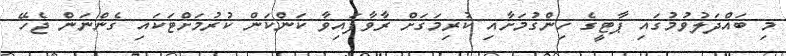
މި ބައްދަލުވުމުގައި ޕާޓީގެ ހިންގުމަށާއި ކުރިމަގަށް ރާވާފައިވާ ކަންކަން ކުރުމަށްޓަކައި ގެންނަން ޖެހޭ